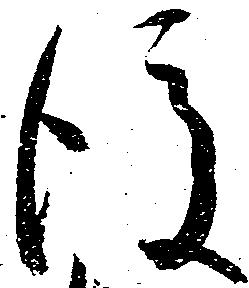
後